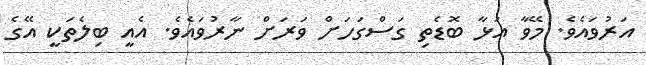
އަރުވައެވެ. މޭވާ އަޅާ ބޮޑެތި ގަސްގަހަށް ވަރަށް ނާރުވައެވެ. އެއީ ބިލެތަކީ އޭގެ